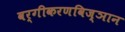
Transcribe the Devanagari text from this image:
वर्गीकरणविज्ञान